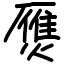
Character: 㷳